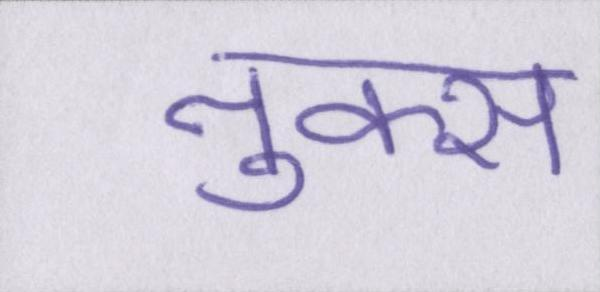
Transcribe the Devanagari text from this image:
नुक्स